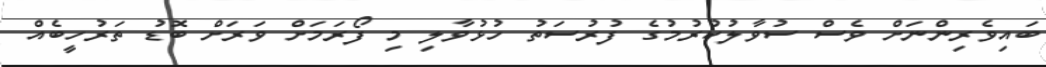
ބައިވެރިންނަށް ވެސް ސުވާލުކުރުމުގެ ފުރުސަތު ހުޅުވާލި މި ފޯރަމަށް ވަރަށް ބޮޑު ތަރުހީބެއް